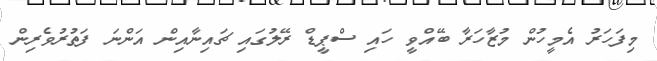
މިފަހަރު އެމީހުން މުޒާހަރާ ބޭއްވީ ހައި ސްޕީޑް ރޭލުގައި ޗައިނާއިން އަންނަ ފަތުރުވެރިން